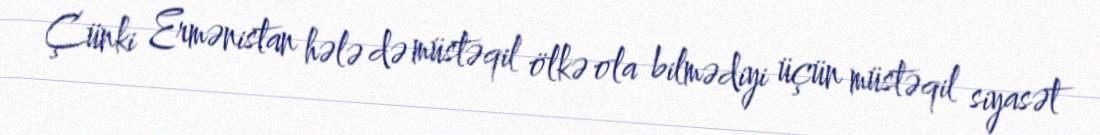
Çünki Ermənistan hələ də müstəqil ölkə ola bilmədiyi üçün müstəqil siyasət